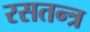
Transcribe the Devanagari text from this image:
रसतन्त्र